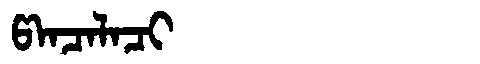
Manchu: ᡦᠠᠨᠴᠠᠯᠠᠴᡳ
Romanization: PANCALACI